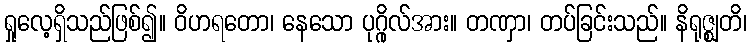
ရှုလေ့ရှိသည်ဖြစ်၍။ ဝိဟရတော၊ နေသော ပုဂ္ဂိုလ်အား။ တဏှာ၊ တပ်ခြင်းသည်။ နိရုဇ္ဈတိ၊